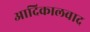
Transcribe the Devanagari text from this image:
आदिकालवाद